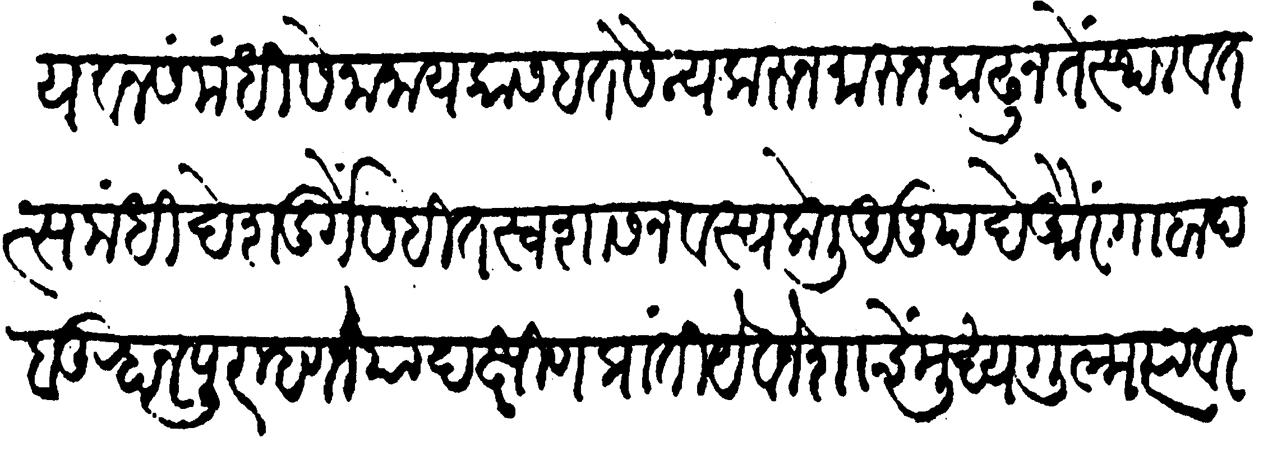
Transliteration (Devanagari): यवन संमंधी सेनानायकास हत सैन्य करुन मारुन काढून तें स्थळ व ततत्संबंधी देशदुर्गेंसहित स्वशासन वस्य केलीं अनुपदें औरंगाबाद बहानपूर म्हणजे या दक्षिण प्रांतीं यवनेशाचें मुख्य गुल्म त्यावर